Indian journal of veterinary science and animal husbandry - Volumes 22-23, 1952-1953
Year: 1952
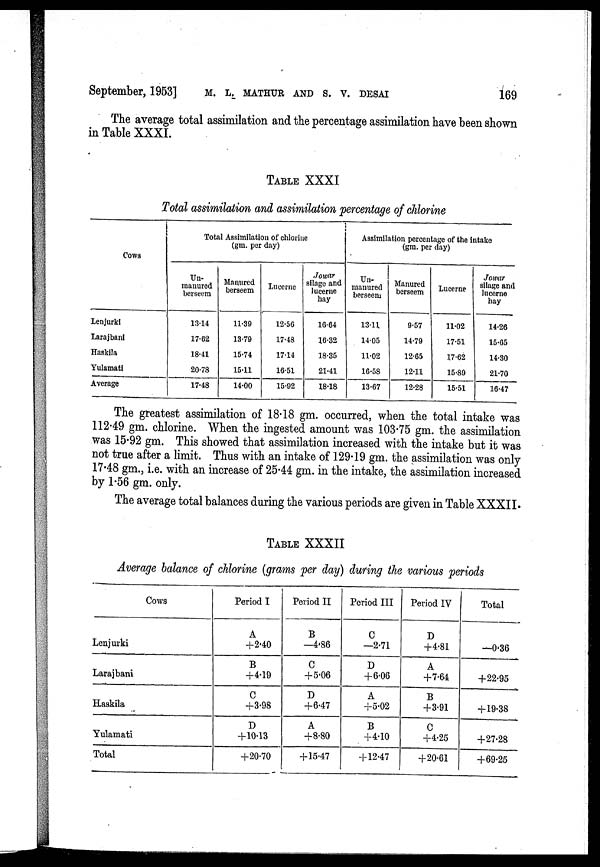
September, 1953] M. L. MATHUR AND S. V. DESAI 169
The average total assimilation and. the percentage assimilation have been shown
in Table XXXI.
TABLE XXXI
Total assimilation and assimilation percentage of chlorine
Cows
Lenjurki
Larajbani
Haskila
Yulamati
Average
Tota1 Assimilation of chlorine
(gm. per day)
Un-
manured
berseem
1314
17.62
18.41
20.78
17.48
Manured
berseem
11.39
13.79
15.74
15.11
14.00
Lucerne
12.56
17.48
17.14
16.51
15.92
Jowar
silage and
lucerne
hay
16.64
16.32
18.35
21.41
18.18
Assimilation percentage of the intake
(gm. per day)
Un-
manured
berseem
13.11
14.05
11.02
16.58
13.67
Manured
berseem
9.57
14.79
12.65
12.11
12.28
Lucerne
11.02
17.51
17.62
15.89
15.51
Jowar
silage and
lucerne
hay
14.26
15.65
14.30
21.70
16.47
The greatest assimilation of 18.18 gm. occurred, when the total intake was
112.49 gm. chlorine. When the ingested amount was 103.75 gm. the assimilation
was 15.92 gm. This showed that assimilation increased with the intake but it was
not true after a limit. Thus with an intake of 129.19 gm. the assimilation was only
17.48 gm., i.e. with an increase of 25.44 gm. in the intake, the assimilation increased
by 1.56 gm. only.
The average total balances during the various periods are given in Table XXXII.
TABLE XXXII
Average balance of chlorine (grams per day) during the various periods
Cows
Lenjurki
Larajbani
Haskila
Yulamati
Total
Period I
A
+2.40
B
+4.19
C
+3.98
D
+10.13
+20.70
Period II
B
—4.86
C
+ 5.06
D
+6.47
A
+8.80
+15.47
Period III
C
—2.71
D
+ 6.06
A
+5.02
B
+4.10
+ 12.47
Period IV
D
+4.81
A
+7.64
B
+3.91
C
+4.25
+20.61
Total
—0.36
+22.95
+ 19.38
+27.28
+69.25